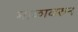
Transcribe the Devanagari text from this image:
माळावरुन